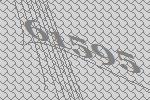
61595